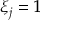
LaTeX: \xi _ { j } = 1